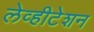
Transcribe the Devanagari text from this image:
लेव्हीटेशन